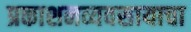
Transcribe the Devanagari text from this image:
प्रकाशनव्यवसायाचा